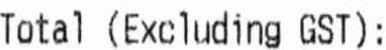
TOTAL (EXCLUDING GST):